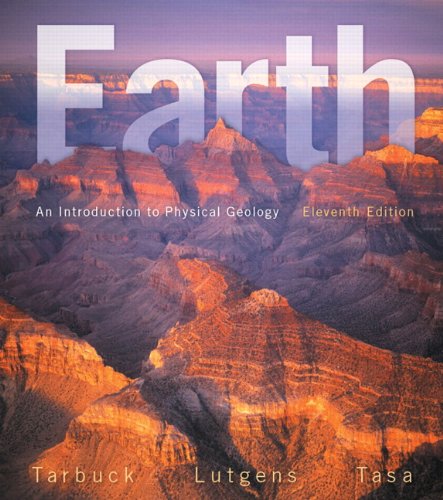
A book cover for Earth: An Introduction to Physical Geology Plus MasteringGeology with eText -- Access Card Package (11th Edition); Edward J. Tarbuck; Science & Math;